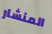
المنشار